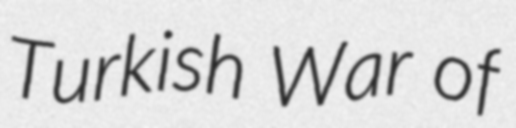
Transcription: Turkish War of